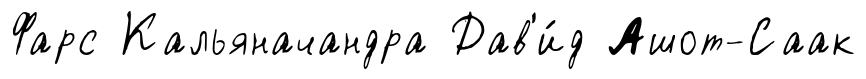
Фарс Кальяначандра Дав'и́д Ашот-Саак